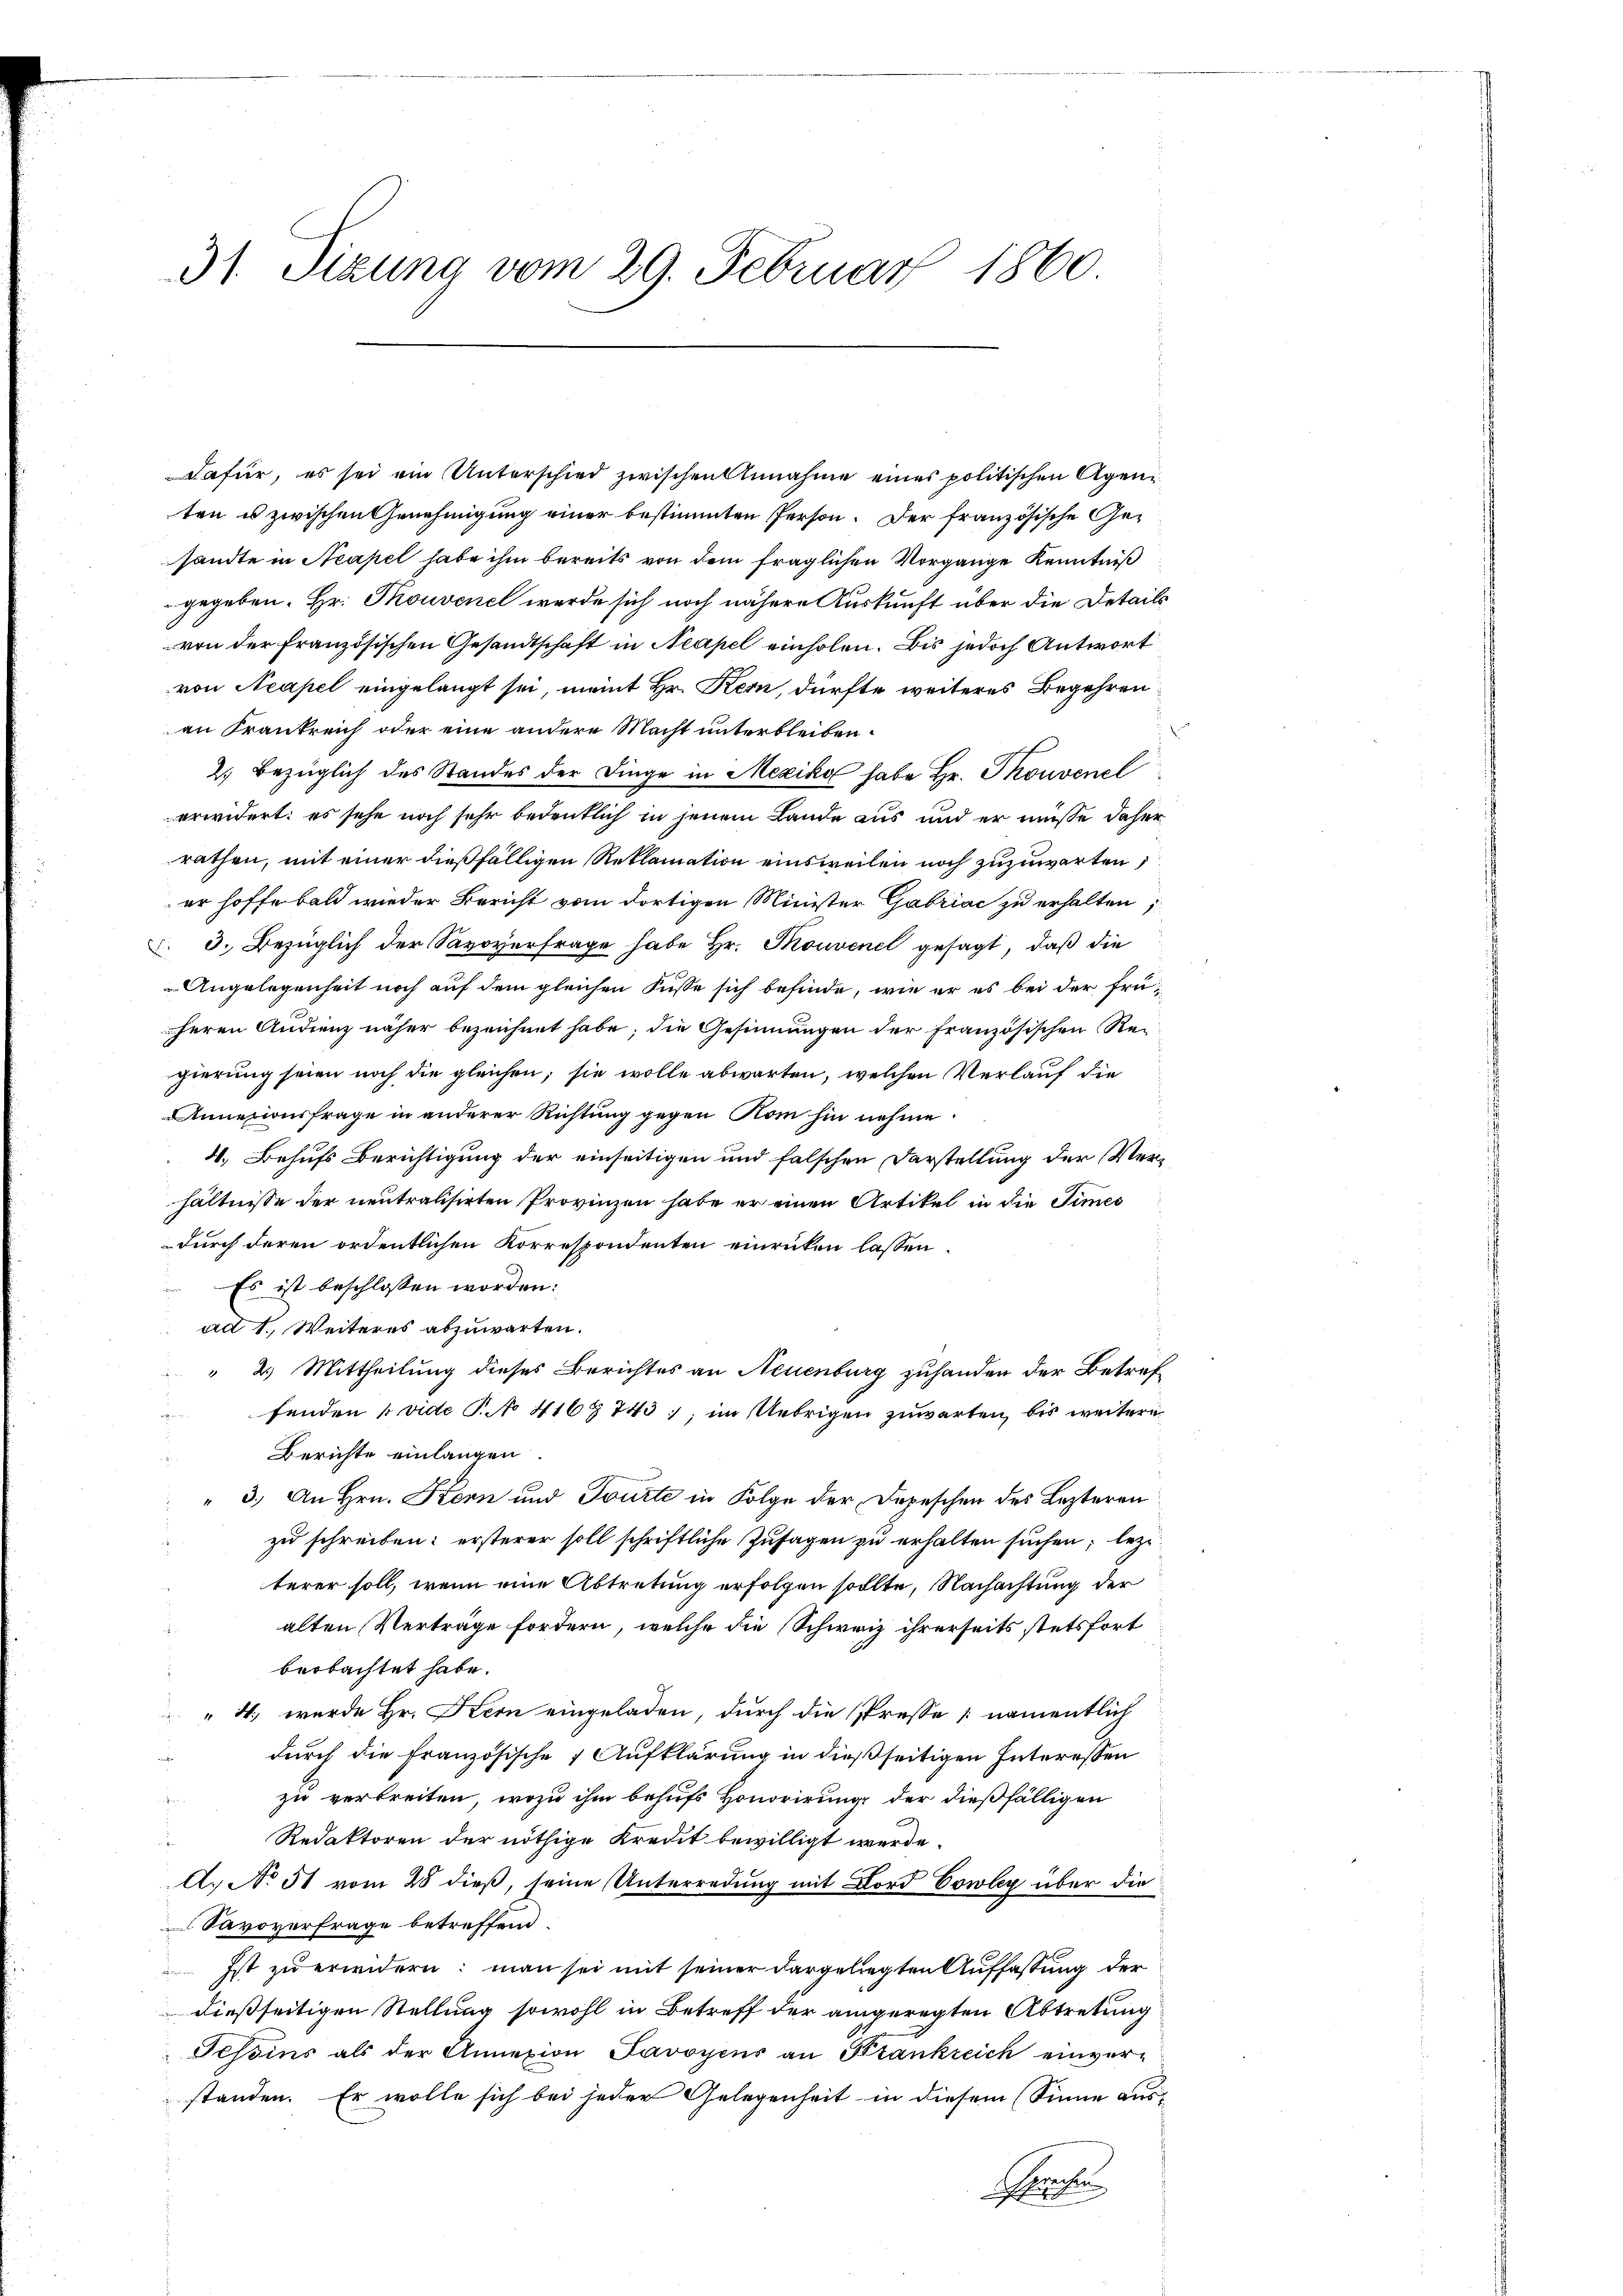
31. Sizung vom 29. Februar 1860

Dafür, es sei ein Unterschied zwischen Annahme eines politischen Agenten u zwischen Genehmigung einer bestimmten Person. Der französische Gesandte in Neapel habe ihm bereits von dem fraglichen Vorgange Kenntniß
gegeben. Hr. Thouvenel werde sich noch nähere Auskunft über die Details
von der Französischen Gesandtschaft in Neapel einholen. Bis jedoch Antwort
von Neapel eingelangt sei, meint Hr. Kern, dürfte weiteres Begehren
an Krankreich oder eine andere Macht unterbleiben.
2) bezüglich des Standes der Dinge in Mexiko habe Hr. Thonvenel
erwidert: es sehe noch sehr bedeutlich in jenem Lande aus und er müsse daher
rathen, mit einer dießfälligen Reklamation einsweilen noch zuzuwarten,
er hoffe bald wieder Bericht vom dortigen Minister Gabriac zu erhalten;
 3. Bezüglich der Savoyerfrage habe Hr. Couvenel gesagt, daß die
Angelegenheit noch auf dem gleichen Küsse sich befinde, wie er es bei der früheren Audienz näher bezeichnet habe; die Gesinnungen der französischen Re-
gierung seien noch die gleichen; sie wolle abwarten, welchen Verlauf die
Anneliusfrage in anderer Richtung gegen Rom hin nehme.
4. Behufs Berichtigung der einseitigen und falschen Darstellung der Verhältnisse der neutralisirten Provinzen habe er einen Artikel in die Times
durch deren ordentlichen Korrespondenten einrücken lassen.
Es ist beschlossen worden:
ad 1. Weiteres abzuwarten.
" 2.) Mittheilung dieses Berichtes an Neuenburg zuhanden der Betreffenden [vide P. No 416 § 743 ; im Uebrigen zuwarten, bis weitere
Berichte einlangen
" 3.) An Hrn. Kern und Tourte in Folge der Depeschen des Lezteren
zu schreiben: ersterer soll schriftliche Zusagen zu erhalten suchen, lezt
terer soll, wenn eine Abtretung erfolgen sollte, Nachachtung der
alten Verträge fordern, welche die Schweiz ihrerseits stetsfort
beobachtet habe.
" 4., wurde Hr. Kern eingeladen, durch die Presse [namentlich
durch die französische 1 Aufklärung in dießseitigen Interessen
zu verbreiten, wozu ihm behufs Honorirung der dießfälligen
Redaktoren der nöthige Kredit bewilligt werde.
A. No 51 vom 28 dieß, seine Unterredung mit Lord Cowley über die
Savoverfrage betreffend.
Ist zu erwidern: man sei mit seiner dargeliegten Auffassung der
dießseitigen Stellung sowohl in Betreff der angeregten Abtretung
Tessins als der Annexion Savoyens an Bankreich einverstanden. Er wolle sich bei jeder Gelegenheit in diesem Sinne aus¬
Schreiben